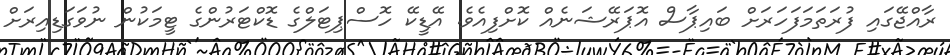
ރާއްޖޭގައި ފުރަތަމަފަހަރަށް ބައިޕާސް އޮޕަރޭޝަނެއް ކޮށްފިއެވެ. އޭޑީކޭ ހޮސްޕިޓަލްގެ ޑޮކްޓަރުންގެ ޓީމަކުން ނުވަގަޑިއިރަށް